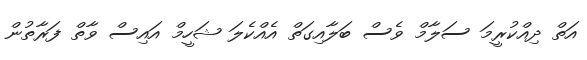
އަތް ދިއްކުރީމަ ސަލާމް ވެސް ބަލާއިގަތް އެއްކެލަ ޝަހީމް އައިސް ވާތް ފަރާތުން